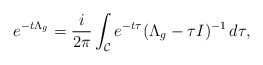
\begin{align*} e^{-t\Lambda_g} = \frac{i}{2\pi}\int_{\mathcal{C}} e^{-t\tau}(\Lambda_g-\tau I)^{-1} \,d\tau,\end{align*}